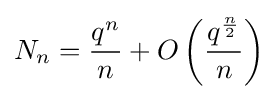
N_{n}={\frac {q^{n}}{n}}+O\left({\frac {q^{\frac {n}{2}}}{n}}\right)